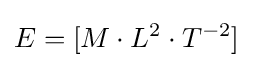
E=[M\cdot L^{2}\cdot T^{-2}]